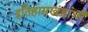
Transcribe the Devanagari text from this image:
इतिहासखंडांची